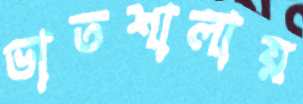
ভাতশালায়